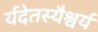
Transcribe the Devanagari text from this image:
र्यदेतस्यैश्वर्यं